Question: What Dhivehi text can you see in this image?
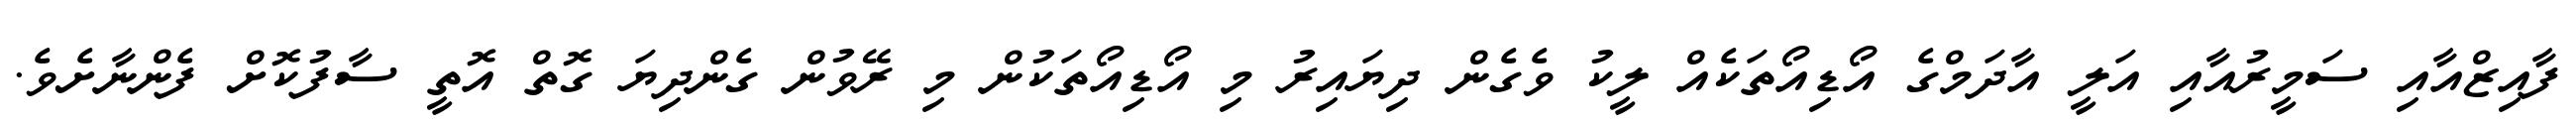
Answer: ފާއިޒްއާއި ސަމީރުއާއި އަލީ އާދަމްގެ އޯޑިއޯތަކެއް ލީކު ވެގެން ދިޔައިރު މި އޯޑިއޯތަކުން މި ރޭވުން ގެންދިޔަ ގޮތް އޮތީ ސާފުކޮށް ފެންނާށެވެ.